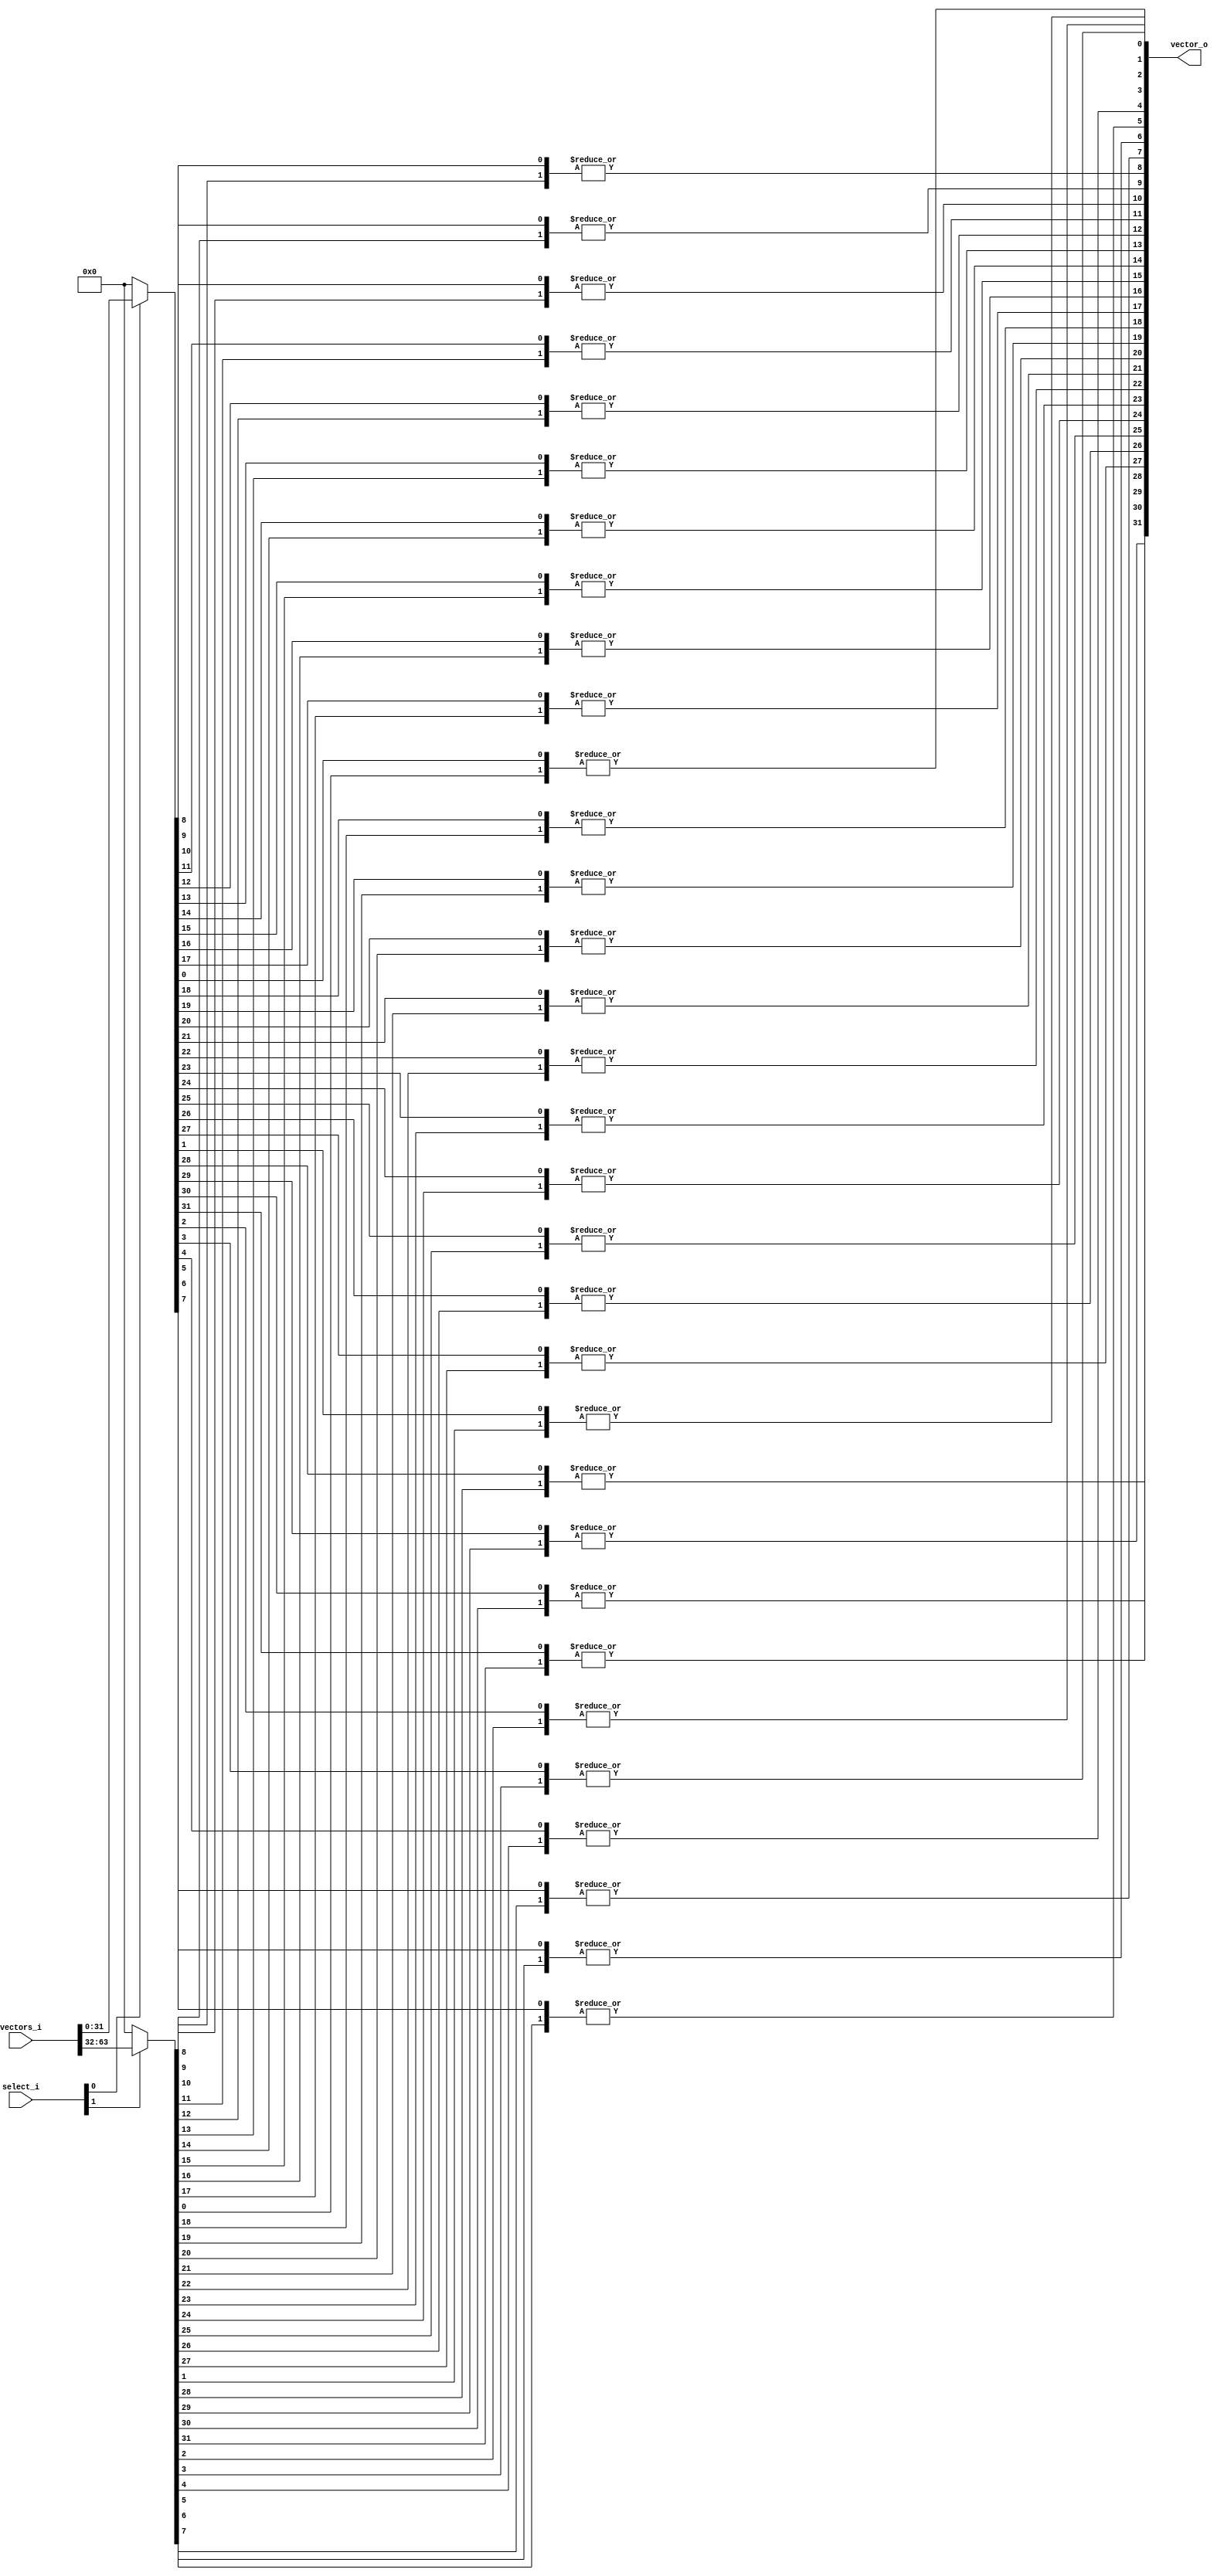
`ifndef MUX_GUARD
`define MUX_GUARD

module mux #(
        parameter NUM_VECS = 2,
        parameter VEC_BITS = 32,

        // With priority, the vector with the lowest index
        // is given highest priority. Otherwise, a one-hot encoding
        // on the select input is expected.
        parameter PRIORITY = 0
    ) (
        input wire [NUM_VECS-1:0] select_i,
        input wire [(NUM_VECS * VEC_BITS)-1:0] vectors_i,
        output wire [VEC_BITS-1:0] vector_o
    );

    wire [VEC_BITS-1:0] vectors [NUM_VECS-1:0];

    generate

        if (NUM_VECS == 1) begin
            assign vector_o = select_i ? vectors_i : 0;
        end else begin
            if (PRIORITY == 1) begin

                // This helps verilator
                genvar n;
                for (n = 0; n < NUM_VECS; n = n + 1)
                    assign vectors[n] = vectors_i[(n+1) * VEC_BITS - 1 : n * VEC_BITS];

                reg  [VEC_BITS-1:0] muxed_data;

                integer i;
                always @(*) begin
                    muxed_data = 0;
                    for (i = NUM_VECS - 1; i > -1; i = i - 1) begin
                        if (select_i[i])
                            muxed_data = vectors[i];
                    end
                end

                assign vector_o = muxed_data;

            end else begin

                genvar j, k;
                for (j = 0; j < NUM_VECS; j = j + 1)
                    assign vectors[j] = select_i[j] ? vectors_i[(j+1) * VEC_BITS - 1 : j * VEC_BITS] : 0;

                // Turn vector bit columns into individual vectors
                wire [NUM_VECS-1:0] vector_cols [VEC_BITS-1:0];
                for (k = 0; k < VEC_BITS; k = k + 1) begin
                    for (j = 0; j < NUM_VECS; j = j + 1) begin
                        assign vector_cols[k][j] = vectors[j][k];
                    end
                end

                // And OR them
                for (k = 0; k < VEC_BITS; k = k + 1)
                    assign vector_o[k] = |vector_cols[k];

            end
        end

    endgenerate

endmodule

`endif // MUX_GUARD